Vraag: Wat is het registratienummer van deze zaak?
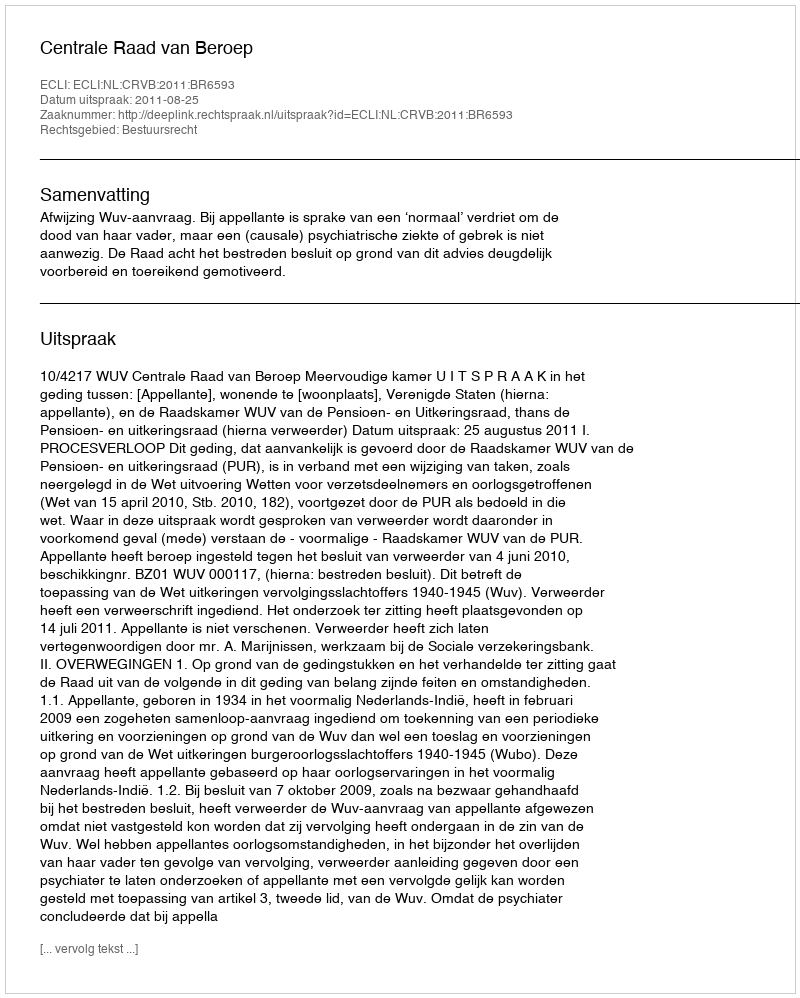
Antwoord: http://deeplink.rechtspraak.nl/uitspraak?id=ECLI:NL:CRVB:2011:BR6593